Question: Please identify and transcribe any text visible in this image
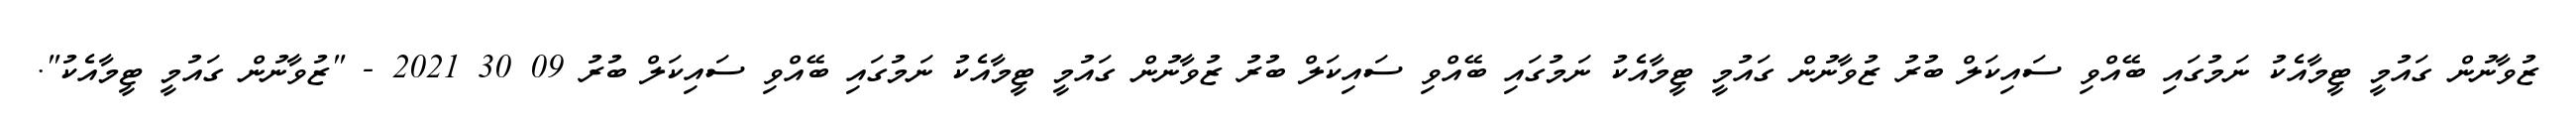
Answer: ޒުވާނުން ގައުމީ ޓީމާއެކު ނަމުގައި ބޭއްވި ސައިކަލް ބުރު ޒުވާނުން ގައުމީ ޓީމާއެކު ނަމުގައި ބޭއްވި ސައިކަލް ބުރު ޒުވާނުން ގައުމީ ޓީމާއެކު ނަމުގައި ބޭއްވި ސައިކަލް ބުރު 09 30 2021 - "ޒުވާނުން ގައުމީ ޓީމާއެކު".